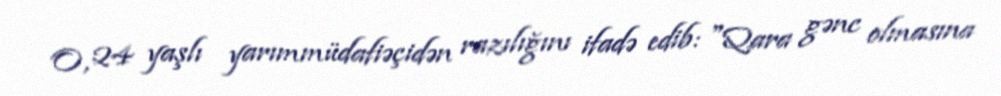
O, 24 yaşlı yarımmüdafiəçidən razılığını ifadə edib: "Qara gənc olmasına